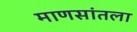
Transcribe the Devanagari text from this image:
माणसांतला